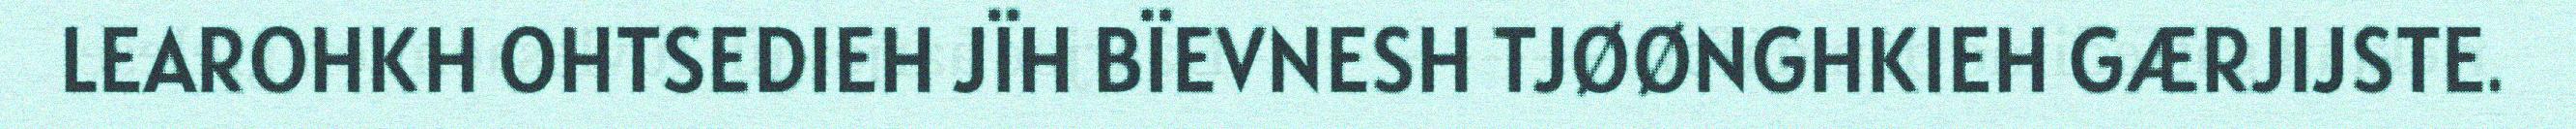
LEAROHKH OHTSEDIEH JÏH BÏEVNESH TJØØNGHKIEH GÆRJIJSTE.